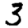
Digit: 3